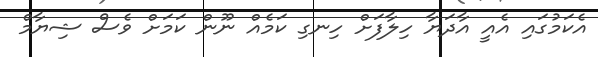
އެކަމުގައި އެއީ އާދަޔާ ހިލާފަށް ހިނގި ކަމެއް ނޫން ކަމަށް ވެސް ޝިޔާމް